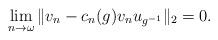
LaTeX: \begin{align*} \lim_{n\rightarrow \omega}\|v_n - c_n (g) v_n u_{g^{-1}}\|_2=0. \end{align*}